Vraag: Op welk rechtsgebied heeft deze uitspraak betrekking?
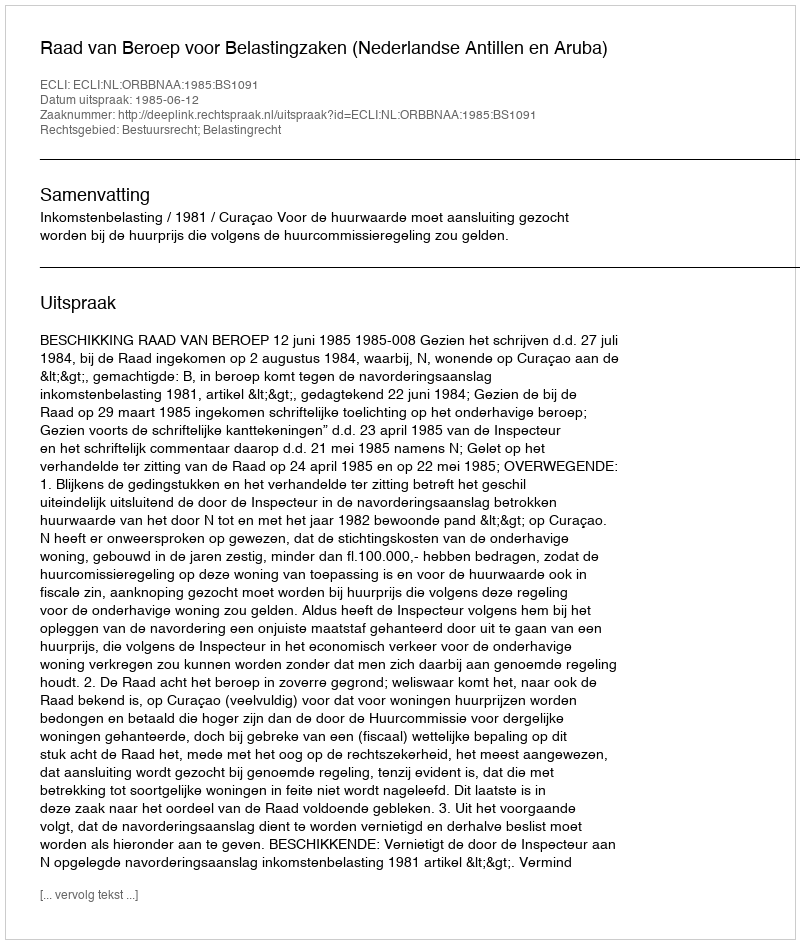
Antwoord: Bestuursrecht; Belastingrecht